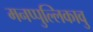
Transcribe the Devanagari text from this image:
मनप्पुल्लिकावु